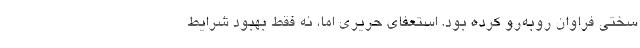
سختی فراوان رو‌به‌رو کرده بود. استعفای حریری اما، نه فقط بهبود شرایط